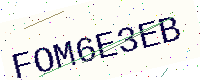
Text: FOM6E3EB